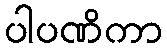
ပါပဏိကာ